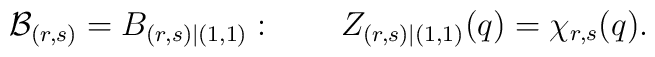
{\cal B}_{(r,s)}=B_{(r,s)|(1,1)}: \qquad Z_{(r,s)|(1,1)}(q)=\chi _{r,s}(q).